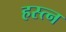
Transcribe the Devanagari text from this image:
हस्त्न